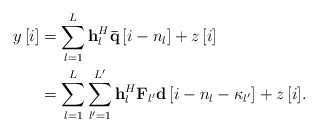
\begin{align*} \begin{aligned} y\left[ i \right] &= \sum\limits_{l = 1}^L {{\bf{h}}_l^H{\bf{\bar q}}\left[ {i - {n_l}} \right]} + z\left[ i \right]\\ &= \sum\limits_{l = 1}^L {\sum\limits_{{l'} = 1}^{L'} {{\bf{h}}_l^H{{\bf{{ F}}}_{l'}}{\bf{d}}\left[ {i - {n_l} - {\kappa _{l'}}} \right]} + z\left[ i \right]}. \end{aligned} \end{align*}